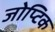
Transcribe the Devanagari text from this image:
जोप्टिक